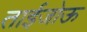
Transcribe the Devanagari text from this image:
ताईजोऊ